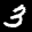
Label: 3